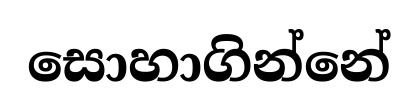
සොහාගින්නේ